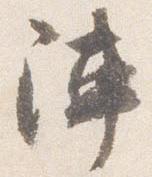
陣